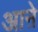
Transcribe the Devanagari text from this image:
आऩे